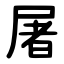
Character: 屠